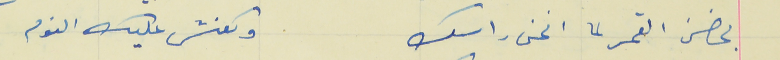
بحضن القمر لما انحنى راسك                             وكعنش عليك النوم